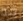
قد